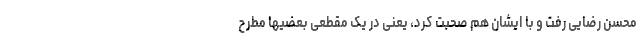
محسن رضایی رفت و با ایشان هم صحبت کرد، یعنی در یک مقطعی بعضیها مطرح